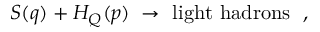
S ( q ) + H _ { Q } ( p ) \; \to \mathrm { ~ l i g h t ~ h a d r o n s ~ } \; ,